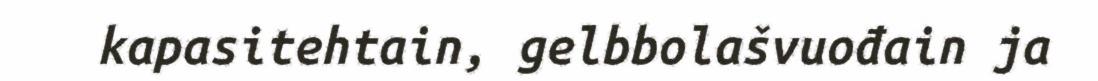
kapasitehtain, gelbbolašvuođain ja